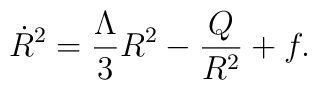
\dot{R}^2={\Lambda\over{3}}{R^2}-{Q\over{R^2}}+f.